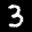
Label: 3